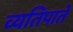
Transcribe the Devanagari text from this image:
व्यतिपाते